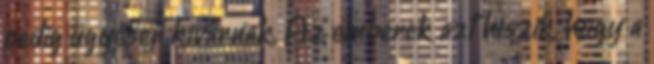
pedig ügyesen kivárnak. Az emberek azt hiszik, hogy a